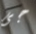
جى